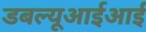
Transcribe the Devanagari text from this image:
डबल्यूआईआई